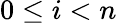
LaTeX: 0\le i<n